Vaccination United Provinces of Agra and Oudh 1902-1913 - 1902-1913
Year: 1902
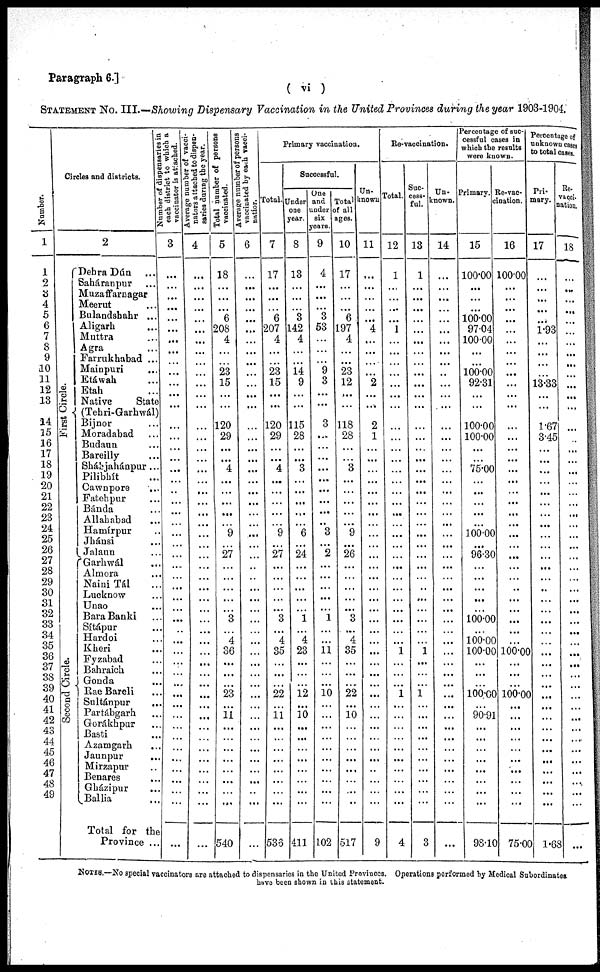
Paragraph 6.]
( vi )
STATEMENT No. III.—Showing Dispensary Vaccination in the United Provinces during the year 1903-1904.
Number.
1
1
2
3
4
5
6
7
8
9
10
11
12
13
14
15
16
17
18
19
20
21
22
23
24
25
26
27
28
29
30
31
32
33
34
35
36
37
38
39
40
41
42
43
44
45
46
47
48
49
Circles and districts.
2
First Circle.
Second Ci r cl e.
Dehra Dún ...
Saháranpur ...
Muzaffarnagar
Meerut ...
Bulandahahr ...
Aligarh ...
Muttra ...
Agra ...
Farrukhabad ...
Mainpuri ...
Etáwah ...
Etah ...
Native
State
(Tehri-Garhwál)
Bijnor ...
Moradabad ...
Budaun ...
Bareilly ...
Sháhjahánpur ...
Pilibhít ...
Cawnpore
...
Fatehpur ...
Bánda ...
Allahabad ...
Hamírpur ...
Jhánsi ...
Jalaun ...
Garhwál ...
Almora ...
Naini Tál ...
Lucknow ...
Unao ...
Bara Banki ...
Sítápur ...
Hardoi ...
Kheri ...
Fyzabad ...
Bahraich ...
Gonda...
Rae Bareli ...
Sultánpur ...
Partábgarh ...
Gorákhpur ...
Basti ...
Azamgarh ...
Jaunpur ...
Mirzapur ...
Benares
...
Gházipur ...
Ballia ...
Total for the
Province ...
Number of dispensaries in
each district to which a
vaccinator is attached.
3
...
...
...
...
...
. ...
...
...
...
...
...
...
...
...
...
...
...
...
...
...
...
...
...
...
...
...
...
...
...
...
...
...
...
...
...
...
...
...
...
...
...
...
...
...
...
...
...
...
...
...
Average number of vacci¬
nators attached to dispen-
saries during the year.
4
...
...
...
...
...
...
...
...
...
...
...
...
...
...
...
...
...
...
...
...
...
...
...
...
...
...
...
...
...
...
...
...
...
...
...
...
...
...
...
...
...
...
...
...
...
...
...
...
...
...
Total number of persons
vaccinated.
5
18
...
...
...
6
208
4
...
...
23
15
...
...
120
29
...
...
...
...
...
...
...
...
9
...
27
...
...
...
...
...
3
...
4
36
...
...
...
23
...
11
...
...
...
...
...
...
...
...
540
Average number of persons
vaccinated by each vacci¬
natior.
6
...
...
...
...
...
...
...
...
...
...
...
...
...
...
...
...
...
...
...
...
...
...
...
...
...
...
...
...
...
...
...
...
...
...
...
... ...
...
...
...
...
...
...
...
...
...
...
...
...
...
Primary vaccination.
Total.
7
17
...
...
...
6
207
4
...
...
23
15
...
...
120
29
...
...
4
... ...
...
...
...
9
...
27
...
...
...
...
...
3
...
4
35
...
...
...
22
..
11
...
...
...
...
...
...
...
...
536
Successful.
Under
one
year.
8
13
...
...
...
3
142
4
...
...
14
9
...
...
115
28
...
...
3
...
...
...
... ...
6
...
24
...
...
...
...
...
1
...
4
23
...
...
...
12
...
10
...
...
...
...
...
...
...
...
411
One
and
under
six
years.
9
4
...
...
...
3
53
...
...
...
9
3
...
...
3
...
...
...
...
...
...
...
...
...
3
...
2
...
...
...
...
...
1
...
...
11
...
...
... 10
...
...
...
...
...
...
...
...
...
...
102
Total
of all
ages.
10
17
...
...
...
6
197
4
...
...
23
12
...
...
118
28
...
...
3
...
...
...
...
...
9
...
26
...
...
...
...
...
3
...
4
35
...
...
...
22
...
10
...
...
...
...
...
...
...
...
517
Un¬
known
11
...
...
...
...
...
4
...
...
...
...
2
...
...
2
1
...
...
...
...
...
...
...
...
...
...
...
...
...
...
...
...
...
...
...
...
...
...
...
...
...
...
...
...
...
...
...
...
...
...
9
Re-vaccination.
Total.
12
1
...
...
...
...
1
...
...
...
...
...
...
...
...
...
...
...
...
...
...
...
...
...
...
...
...
... ...
...
...
...
...
...
...
1
...
...
...
1 ...
...
...
...
...
...
...
...
...
...
4
Suc-
cess¬ .
ful.
13
1
...
...
...
...
...
...
...
...
...
...
...
...
...
...
...
...
...
...
...
...
...
...
...
...
...
...
...
...
...
...
...
...
...
1
...
...
... 1
...
...
...
...
...
...
...
...
...
...
3
Un¬
known.
14
...
...
...
...
...
...
...
...
...
...
...
...
...
...
...
...
...
...
...
...
...
...
...
...
...
...
...
...
...
...
...
...
...
...
...
...
...
...
...
...
...
...
...
...
...
...
...
...
...
...
Percentage of suc¬
cessful cases in
which the results
were known.
Primary.
15
100.00
...
...
...
100.00
97.04
100.00
...
...
100.00
92.31
...
...
100.00
100.00
...
...
75.00
...
...
...
...
...
100.00
...
96.30
...
...
...
...
...
100.00
...
100.00
100.00
...
...
...
100.00 ...
90.91
...
...
...
...
...
...
...
...
98.10
Re-vac¬
cination.
16
100.00
...
...
...
...
...
...
...
...
...
...
...
...
...
...
...
...
...
...
...
...
...
...
...
...
...
...
...
...
...
...
...
...
...
100.00
... ...
...
100.00 ...
...
...
...
...
...
...
...
...
...
75.00
Percentage of
unknown cases
to total cases.
Pri¬
mary.
17
...
...
...
...
...
1.93
...
...
...
...
13.33
...
...
1.67
3.45
...
...
...
...
...
...
...
...
...
...
...
... ...
...
...
...
...
...
...
...
...
...
...
...
...
...
...
...
...
...
...
...
...
...
1.68
Re¬
vacci¬
nation.
18
...
...
...
...
...
...
...
...
...
...
...
...
...
...
...
...
...
...
...
...
...
...
...
...
...
...
...
...
...
...
...
...
...
...
...
...
...
...
...
...
...
...
...
...
...
...
...
...
...
...
NOTES.—No special vaccinators are attached to dispensaries in the United Provinces. Operations performed by Medical Subordinates
have been shown in this statement.